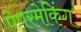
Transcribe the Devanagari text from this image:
पेपरमेकिंग